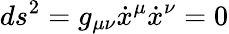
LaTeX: ds^{2}=g_{\mu\nu}\dot{x}^{\mu}\dot{x}^{\nu}=0